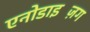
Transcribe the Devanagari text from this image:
एनोडाइज़िंग